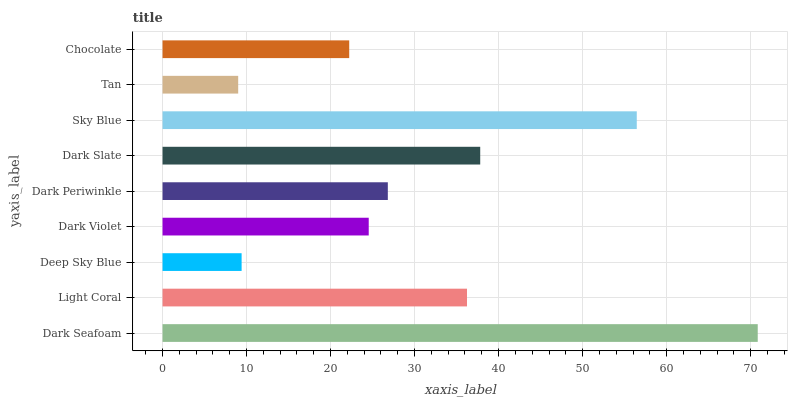
| yaxis_label | bars |
 | --- | --- |
 | Dark Seafoam | 70.8 |
 | Light Coral | 36.2 |
 | Deep Sky Blue | 9.41 |
 | Dark Violet | 24.5 |
 | Dark Periwinkle | 26.8 |
 | Dark Slate | 37.8 |
 | Sky Blue | 56.4 |
 | Tan | 9 |
 | Chocolate | 22.2 |